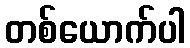
တစ်ယောက်ပါ